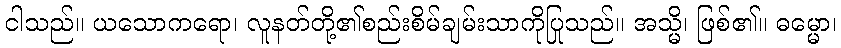
ငါသည်။ ယသောကရော၊ လူနတ်တို့၏စည်းစိမ်ချမ်းသာကိုပြုသည်။ အသ္မိ၊ ဖြစ်၏။ ဓမ္မော၊